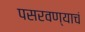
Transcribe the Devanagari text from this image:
पसरवण्याचं